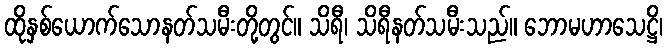
ထိုနှစ်ယောက်သောနတ်သမီးတို့တွင်။ သိရီ၊ သိရီနတ်သမီးသည်။ ဘောမဟာသေဋ္ဌိ၊